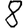
Digit: 8